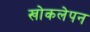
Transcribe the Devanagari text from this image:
खोकलेपन